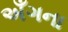
અઁગના